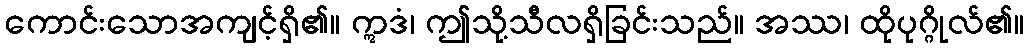
ကောင်းသောအကျင့်ရှိ၏။ ဣဒံ၊ ဤသို့သီလရှိခြင်းသည်။ အဿ၊ ထိုပုဂ္ဂိုလ်၏။